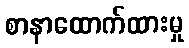
စာနာထောက်ထားမှု